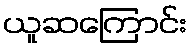
ယူဆကြောင်း